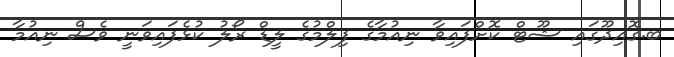
ބ.ގޮއިދޫގައި ޝޫޓް ކޮށްފައިވާ ނިއުމާގެ ފިލްމުގެ ލީޑް ރޯލު ކުޅެފައިވަނީ ވެސް ނިއުމާ